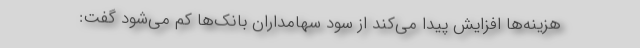
هزینه‌ها افزایش پیدا می‌کند از سود سهامداران بانک‌ها کم می‌شود گفت: